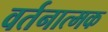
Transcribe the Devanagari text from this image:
वर्तनात्मक